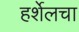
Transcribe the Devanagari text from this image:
हर्शेलचा